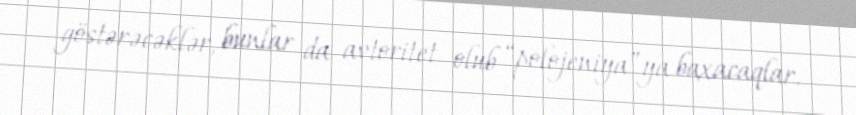
göstərəcəklər, bunlar da avtoritet olub “polojeniya”ya baxacaqlar.